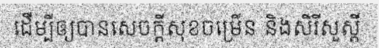
ដើម្បីឲ្យបានសេចក្តីសុខចម្រើន និងសិរីសួស្តី